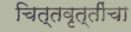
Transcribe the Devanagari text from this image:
चित्तवृत्तींचा